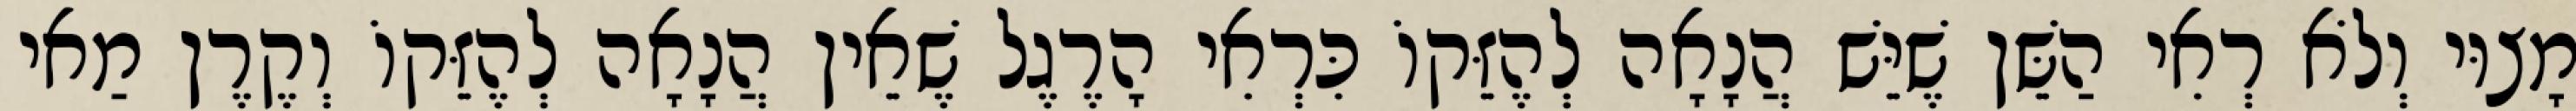
מָצוּי וְלֹא רְאִי הַשֵּׁן שֶׁיֵּשׁ הֲנָאָה לְהֶזֵּקוֹ כִּרְאִי הָרֶגֶל שֶׁאֵין הֲנָאָה לְהֶזֵּקוֹ וְקֶרֶן מַאי